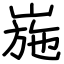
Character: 崺